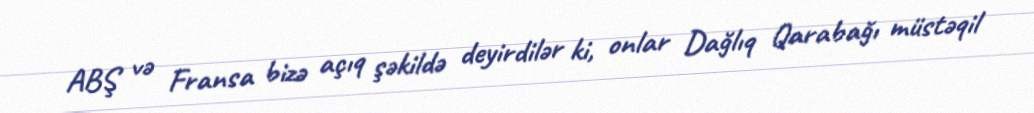
ABŞ və Fransa bizə açıq şəkildə deyirdilər ki, onlar Dağlıq Qarabağı müstəqil